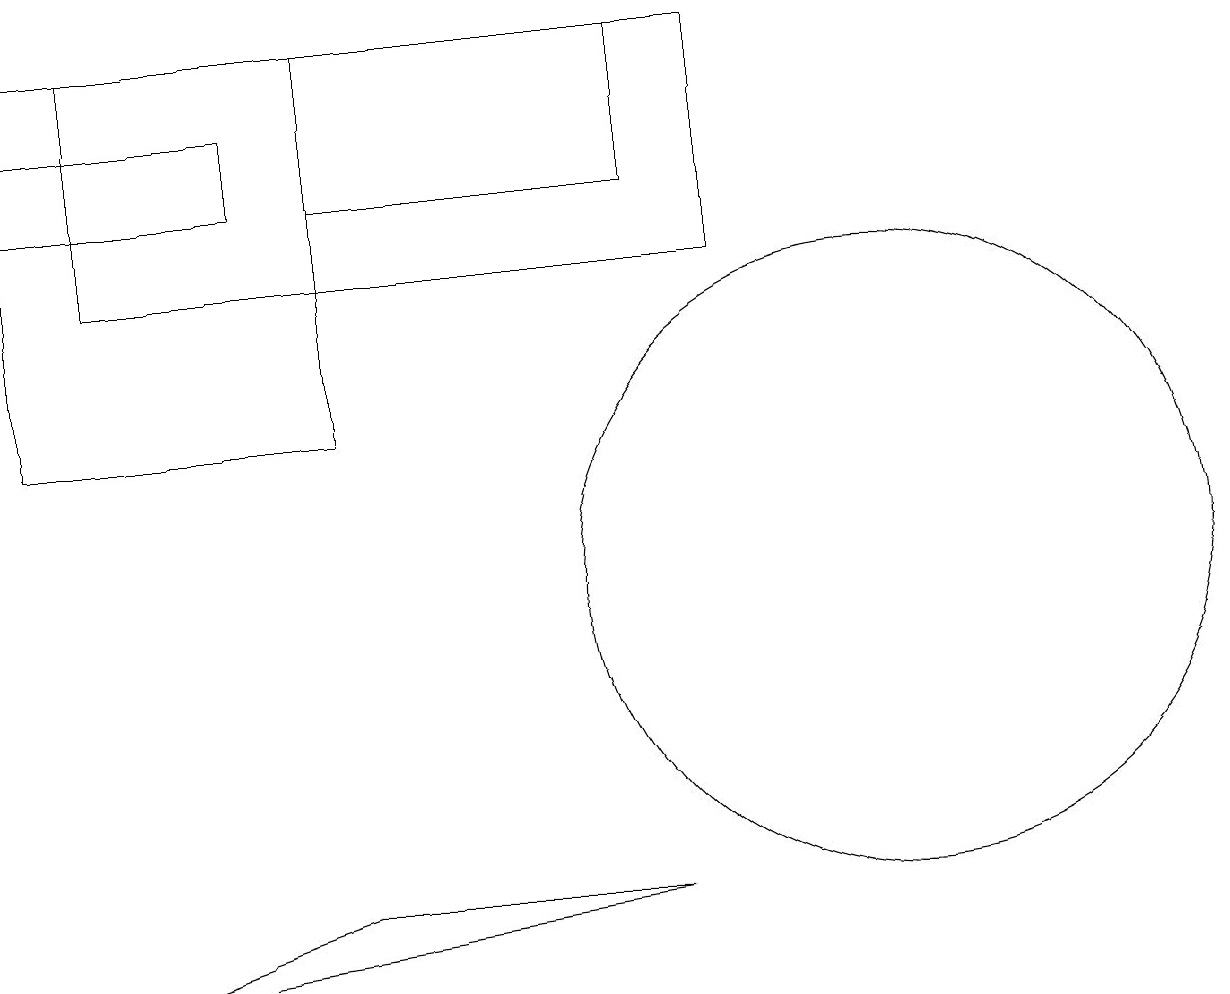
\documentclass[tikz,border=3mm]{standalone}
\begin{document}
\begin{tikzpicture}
\draw (9,14) rectangle (1,17);
\draw (4,12) rectangle (0,17);
\draw (1,5) -- (8,6) -- (4,6) -- cycle;
\draw (3,15) rectangle (0,16);
\draw (8,15) rectangle (4,17);
\draw (11,10) circle (4);
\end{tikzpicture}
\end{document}